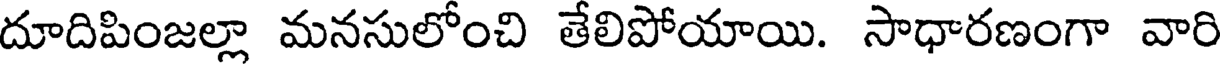
దూదిపింజల్లా మనసులోంచి తేలిపోయాయి. సాధారణంగా వారి